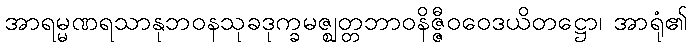
အာရမ္မဏရသာနုဘဝနသုခဒုက္ခမဇ္ဈတ္တဘာဝနိဇ္ဇီဝဝေဒယိတဋ္ဌော၊ အာရုံ၏